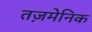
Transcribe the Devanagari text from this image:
तज़मेनिक